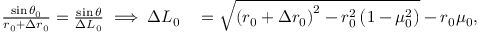
\begin{array} { r l } { \frac { \sin \theta _ { 0 } } { r _ { 0 } + \Delta r _ { 0 } } = \frac { \sin \theta } { \Delta L _ { 0 } } \implies \Delta L _ { 0 } } & { { } = \sqrt { \left( r _ { 0 } + \Delta r _ { 0 } \right) ^ { 2 } - r _ { 0 } ^ { 2 } \left( 1 - \mu _ { 0 } ^ { 2 } \right) } - r _ { 0 } \mu _ { 0 } , } \end{array}